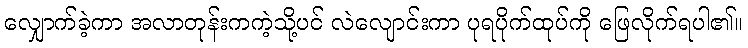
လျှောက်ခဲ့ကာ အလာတုန်းကကဲ့သို့ပင် လဲလျောင်းကာ ပုရပိုက်ထုပ်ကို ဖြေလိုက်ရပါ၏။